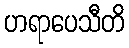
ဟရာပေသီတိ